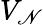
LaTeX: V_{\mathscr{N}}